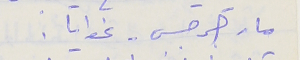
مار جرجس - غوايا .